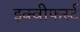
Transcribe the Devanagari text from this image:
इक्वीफर्स्ट